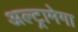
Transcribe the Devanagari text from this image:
अल्ट्रामेगा